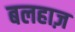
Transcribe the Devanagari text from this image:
बलहाज़